Treatise on elephants
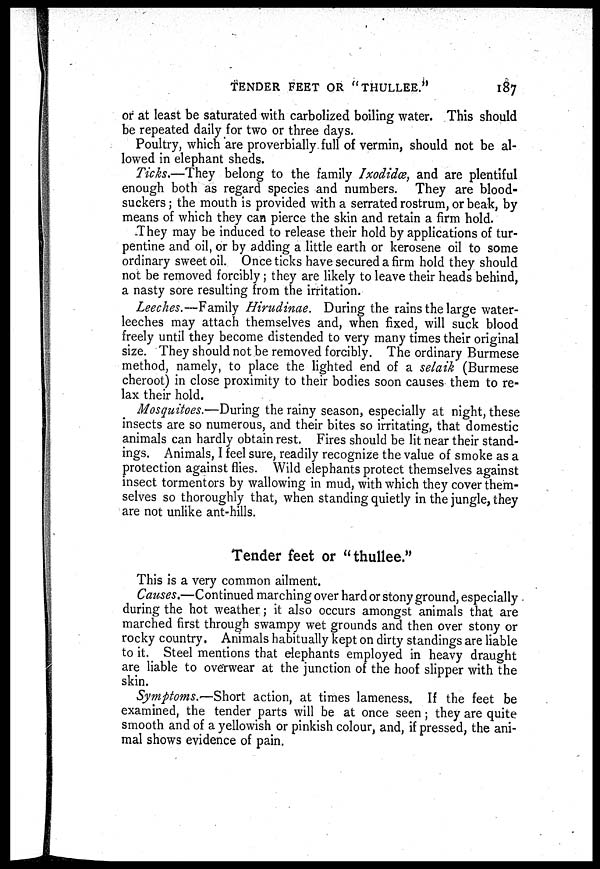
TENDER FEET OR
"THULLEE."
187
or at least be saturated with carbolized boiling water. This should
be repeated daily for two or three days.
Poultry, which are proverbially full of vermin, should not be al-
lowed in elephant sheds.
Ticks.—They belong to the family Ixodidœ, and are plentiful
enough both as regard species and numbers. They are blood-
suckers ; the mouth is provided with a serrated rostrum, or beak, by
means of which they can pierce the skin and retain a firm hold.
They may be induced to release their hold by applications of tur-
pentine and oil, or by adding a little earth or kerosene oil to some
ordinary sweet oil. Once ticks have secured a firm hold they should
not be removed forcibly; they are likely to leave their heads behind,
a nasty sore resulting from the irritation.
Leeches.—Family Hirudinae. During the rains the large water-
leeches may attach themselves and, when fixed, will suck blood
freely until they become distended to very many times their original
size. They should not be removed forcibly. The ordinary Burmese
method, namely, to place the lighted end of a selaik (Burmese
cheroot) in close proximity to their bodies soon causes them to re-
lax their hold.
Mosquitoes.—During the rainy season, especially at night, these
insects are so numerous, and their bites so irritating, that domestic
animals can hardly obtain rest. Fires should be lit near their stand-
ings. Animals, I feel sure, readily recognize the value of smoke as a
protection against flies. Wild elephants protect themselves against
insect tormentors by wallowing in mud, with which they cover them-
selves so thoroughly that, when standing quietly in the jungle, they
are not unlike ant-hills.
Tender feet or "thullee."
This is a very common ailment.
Causes.—Continued marching over hard or stony ground, especially
during the hot weather; it also occurs amongst animals that are
marched first through swampy wet grounds and then over stony or
rocky country. Animals habitually kept on dirty standings are liable
to it. Steel mentions that elephants employed in heavy draught
are liable to overwear at the junction of the hoof slipper with the
skin.
Symptoms.—Short action, at times lameness. If the feet be
examined, the tender parts will be at once seen; they are quite
smooth and of a yellowish or pinkish colour, and, if pressed, the ani-
mal shows evidence of pain.